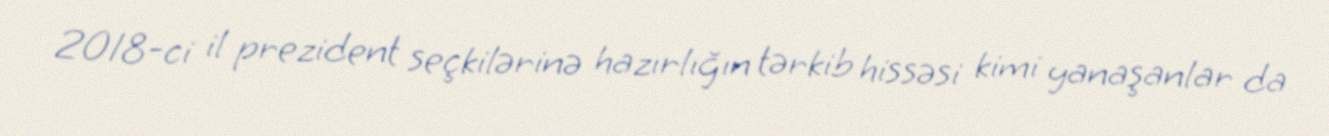
2018-ci il prezident seçkilərinə hazırlığın tərkib hissəsi kimi yanaşanlar da